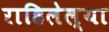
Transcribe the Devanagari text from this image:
राहिलेल्‍या